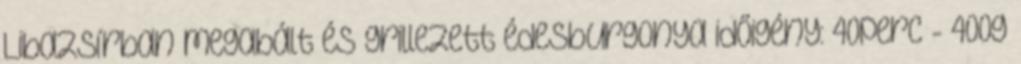
Libazsírban megabált és grillezett édesburgonya időigény: 40perc - 400g